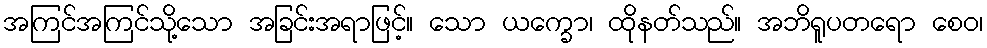
အကြင်အကြင်သို့သော အခြင်းအရာဖြင့်။ သော ယက္ခော၊ ထိုနတ်သည်။ အဘိရူပတရော စေဝ၊